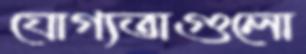
যোগ্যতাগুলো